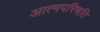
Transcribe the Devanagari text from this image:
आत्मपरिणति